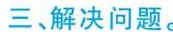
三、解决问题。